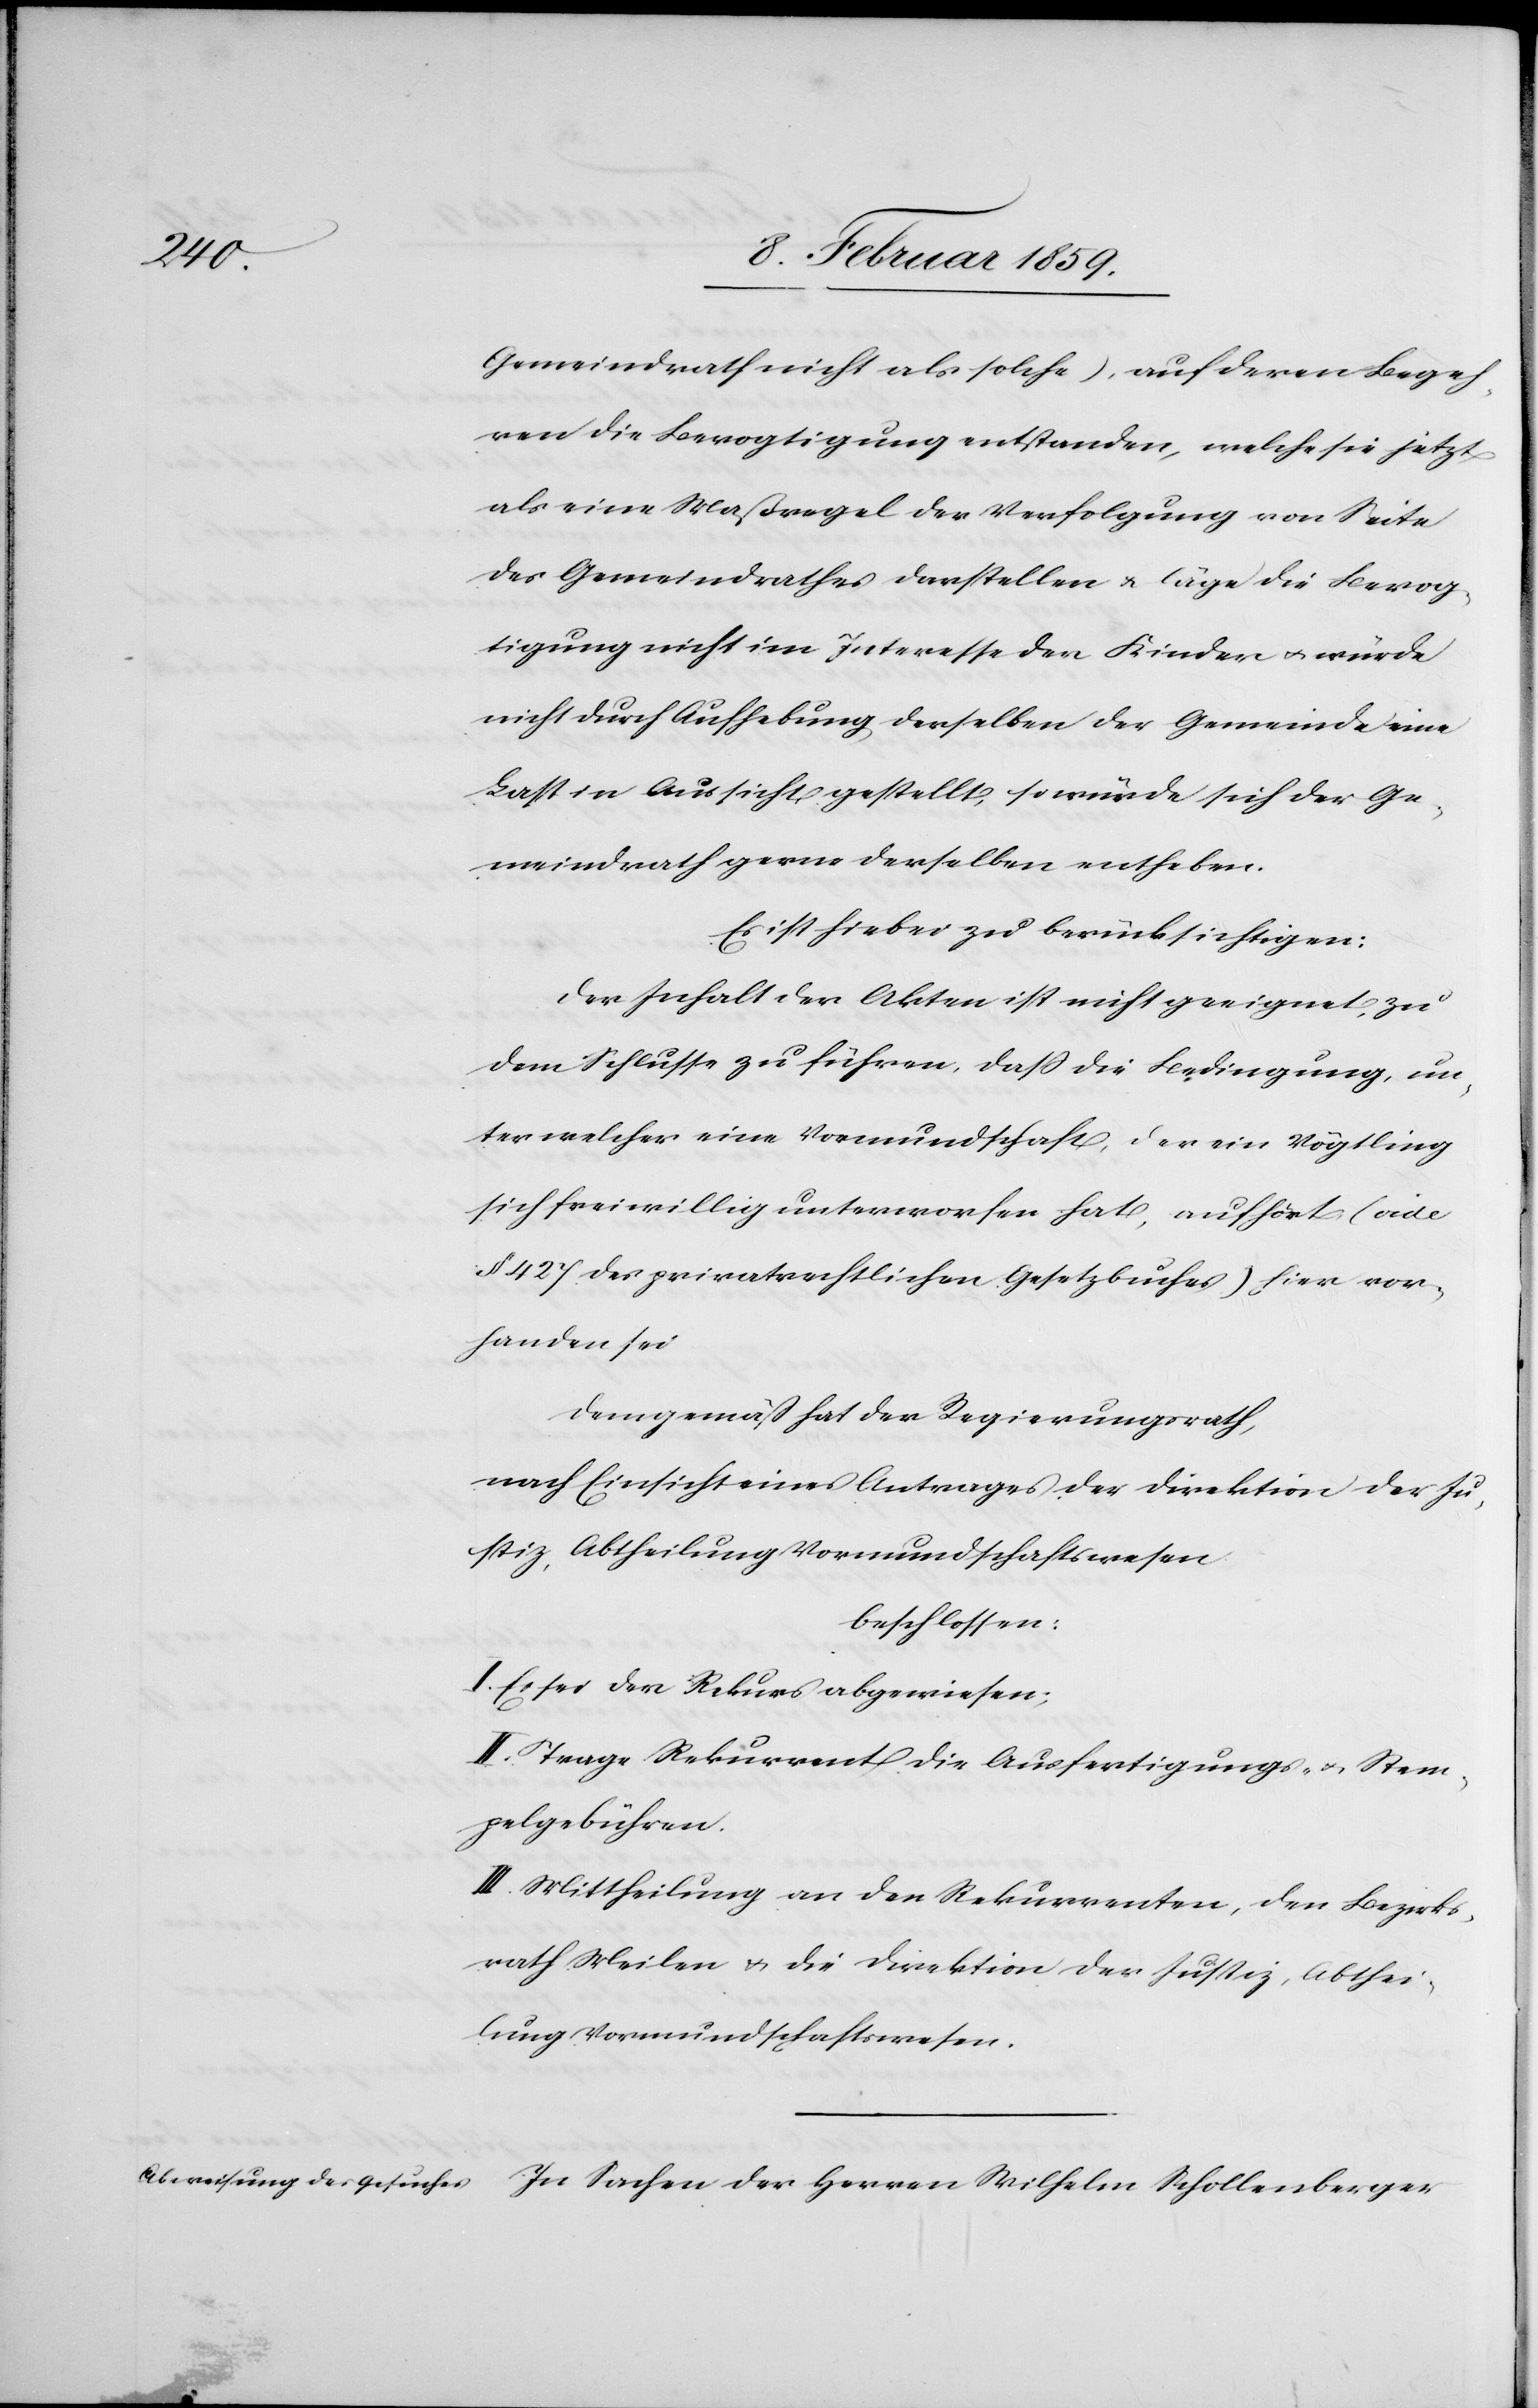
Gemeindrath nicht als solche), auf deren Begeh¬
ren die Bevogtigung entstanden, welche sie jetzt
als eine Maßregel der Verfolgung von Seite
des Gemeindrathes darstellen u. läge die Bevog¬
tigung nicht im Interesse der Kinder u. würde
nicht durch Aushebung derselben der Gemeinde eine
Last in Aussicht gestellt, so würde sich der Ge¬
meindrath gerne derselben entheben.
Es ist hiebei zu berücksichtigen:
Der Inhalt der Akten ist nicht geeignet, zu
dem Schlusse zu führen, daß die Bedingung, un¬
ter welcher eine Vormundschaft, der ein Vögtling
sich freiwillig unterworfen hat, aufhört, (vide
§ 427 des privatrechtlichen Gesetzbuches) hier vor¬
handen sei
demgemäß hat der Regierungsrath,
nach Einsicht eines Antrages der Direktion der Ju¬
stiz, Abtheilung Vormundschaftswesen
beschlossen:
I. Es sei der Rekurs abgewiesen;
II. Trage Rekurrent die Ausfertigungs- u. Stem¬
pelgebühren.
III. Mittheilung an den Rekurrenten, den Bezirks¬
rath Meilen u. die Direktion der Justiz, Abthei¬
lung Vormundschaftswesen.
In Sachen der Herren Wilhelm Schollenberger